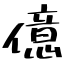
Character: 億